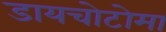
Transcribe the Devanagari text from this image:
डायचोटोमा